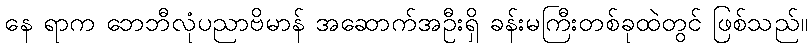
နေ ရာက ဘေဘီလုံပညာဗိမာန် အဆောက်အဦးရှိ ခန်းမကြီးတစ်ခုထဲတွင် ဖြစ်သည်။